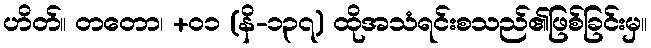
ဟိတ်။ တတော၊ +၀၁ (နိ-၁၃၇) ထိုအသံရင်းစသည်၏ဖြစ်ခြင်းမှ။